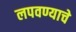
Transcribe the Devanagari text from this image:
लपवण्याचे